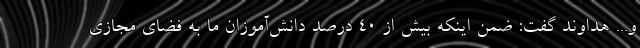
و... هداوند گفت: ضمن اینکه بیش از ۴۰ درصد دانش‌آموزان ما به فضای مجازی